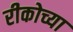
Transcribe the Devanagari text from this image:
रीकोच्या